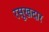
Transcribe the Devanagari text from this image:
रसूखदार